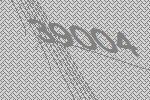
39004